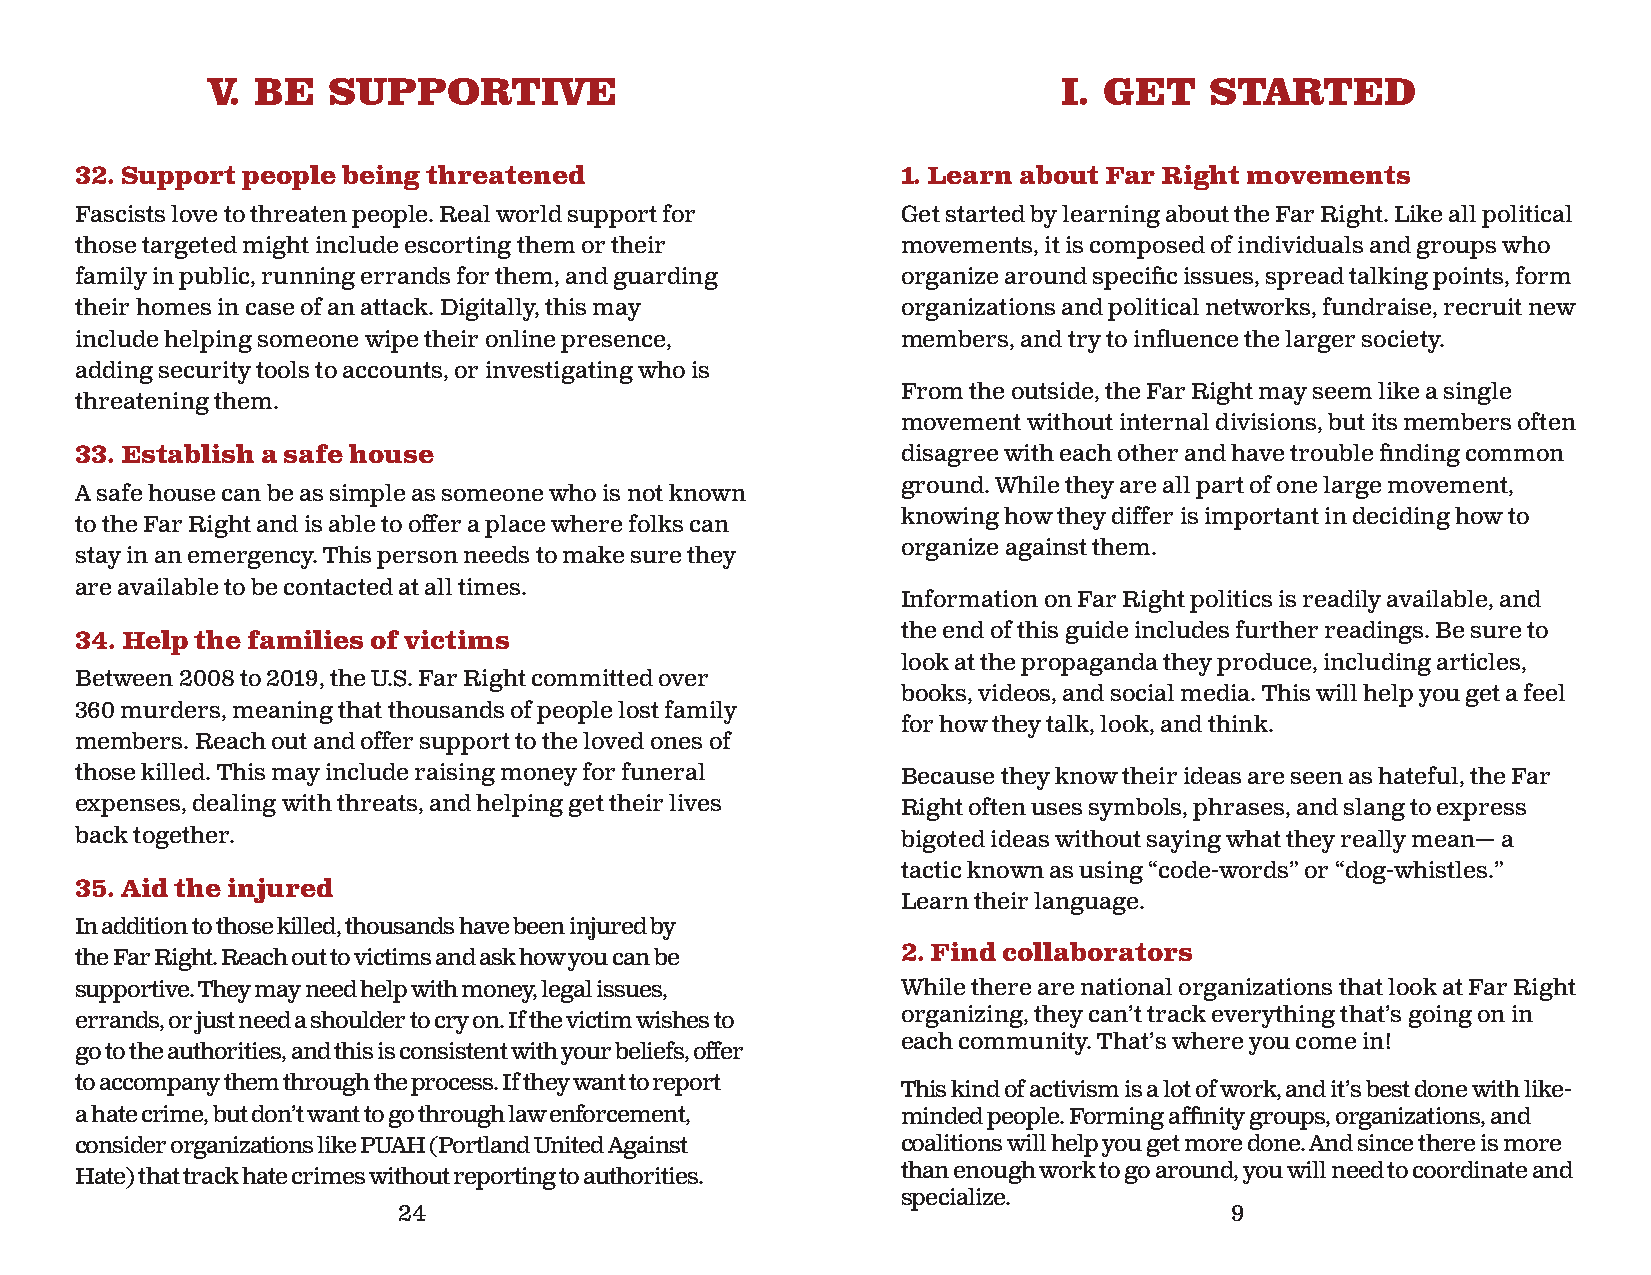
V. BE   SUPPORTIVE                                      I. GET    STARTED
 32. Support people being threatened                    1. Learn about Far Right movements
 Fascists love to threaten people. Real world support for Get started by learning about the Far Right. Like all political
 those targeted might include escorting them or their   movements, it is composed of individuals and groups who
 family in public, running errands for them, and guarding organize around specifi c issues, spread talking points, form
 their homes in case of an attack. Digitally, this may  organizations and political networks, fundraise, recruit new
 include helping someone wipe their online presence,    members, and try to infl uence the larger society.
 adding security tools to accounts, or investigating who is
 From the outside, the Far Right may seem like a single
 threatening them.
 movement without internal divisions, but its members often
 33. Establish a safe house                             disagree with each other and have trouble fi nding common
 ground. While they are all part of one large movement,
 A safe house can be as simple as someone who is not known
 knowing how they differ is important in deciding how to
 to the Far Right and is able to offer a place where folks can
 organize against them.
 stay in an emergency. This person needs to make sure they
 are available to be contacted at all times.
 Information on Far Right politics is readily available, and
 the end of this guide includes further readings. Be sure to
 34. Help the families of victims
 look at the propaganda they produce, including articles,
 Between 2008 to 2019, the U.S. Far Right committed over
 books, videos, and social media. This will help you get a feel
 360 murders, meaning that thousands of people lost family
 for how they talk, look, and think.
 members. Reach out and offer support to the loved ones of
 those killed. This may include raising money for funeral Because they know their ideas are seen as hateful, the Far
 expenses, dealing with threats, and helping get their lives Right often uses symbols, phrases, and slang to express
 back together.                                         bigoted ideas without saying what they really mean— a
 tactic known as using “code-words” or “dog-whistles.”
 35. Aid the injured
 Learn their language.
 In addition to those killed, thousands have been injured by
 the Far Right. Reach out to victims and ask how you can be 2. Find collaborators
 supportive. They may need help with money, legal issues, While there are national organizations that look at Far Right
 errands, or just need a shoulder to cry on. If the victim wishes to organizing, they can’t track everything that’s going on in
 each community. That’s where you come in!
 go to the authorities, and this is consistent with your beliefs, offer
 to accompany them through the process. If they want to report
 This kind of activism is a lot of work, and it’s best done with like-
 a hate crime, but don’t want to go through law enforcement, minded people. Forming affi nity groups, organizations, and
 consider organizations like PUAH (Portland United Against coalitions will help you get more done. And since there is more
 Hate) that track hate crimes without reporting to authorities. than enough work to go around, you will need to coordinate and
 specialize.
 24                                                     9